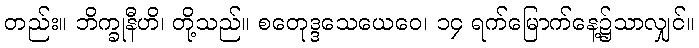
တည်း။ ဘိက္ခုနီဟိ၊ တို့သည်။ စတေုဒ္ဒသေယေဝေ၊ ၁၄ ရက်မြောက်နေ့၌သာလျှင်။